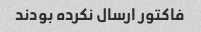
فاکتور ارسال نکرده بودند